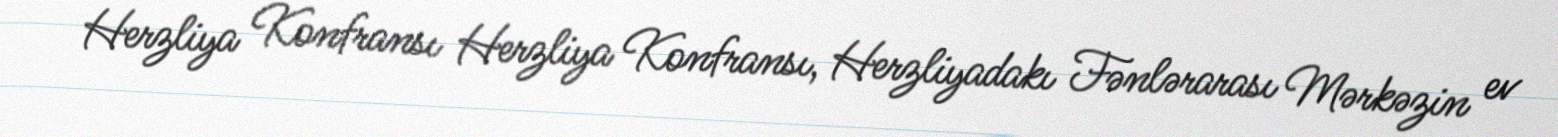
Herzliya Konfransı Herzliya Konfransı, Herzliyadakı Fənlərarası Mərkəzin ev